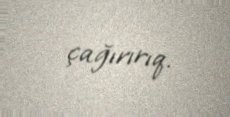
çağırırıq.